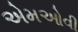
એમઓવી